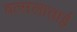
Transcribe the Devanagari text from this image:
वत्सलाताई